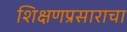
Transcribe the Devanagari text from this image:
शिक्षणप्रसाराचा